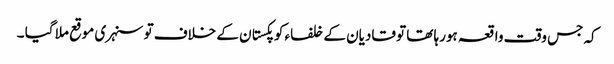
کہ جس وقت واقعہ ہورہا تھا تو قادیان کے خلفاء کو پکستان کے خلاف تو سنہری موقع ملا گیا ۔